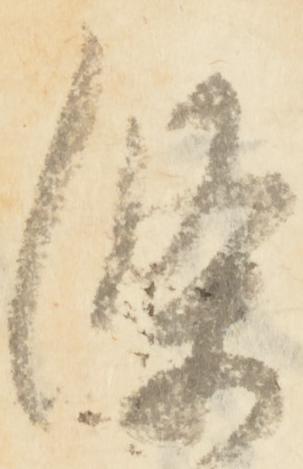
条